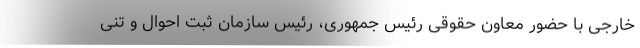
خارجی با حضور معاون حقوقی رئیس جمهوری، رئیس سازمان ثبت احوال و تنی